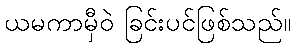
ယမကာမှီဝဲ ခြင်းပင်ဖြစ်သည်။